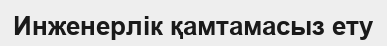
Инженерлік қамтамасыз ету